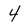
Character: 4